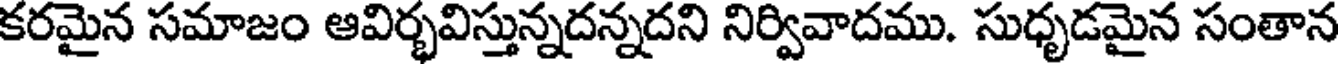
కరమైన సమాజం ఆవిర్భవిస్తున్నదన్నదని నిర్వివాదము. సుధృడమైన సంతాన